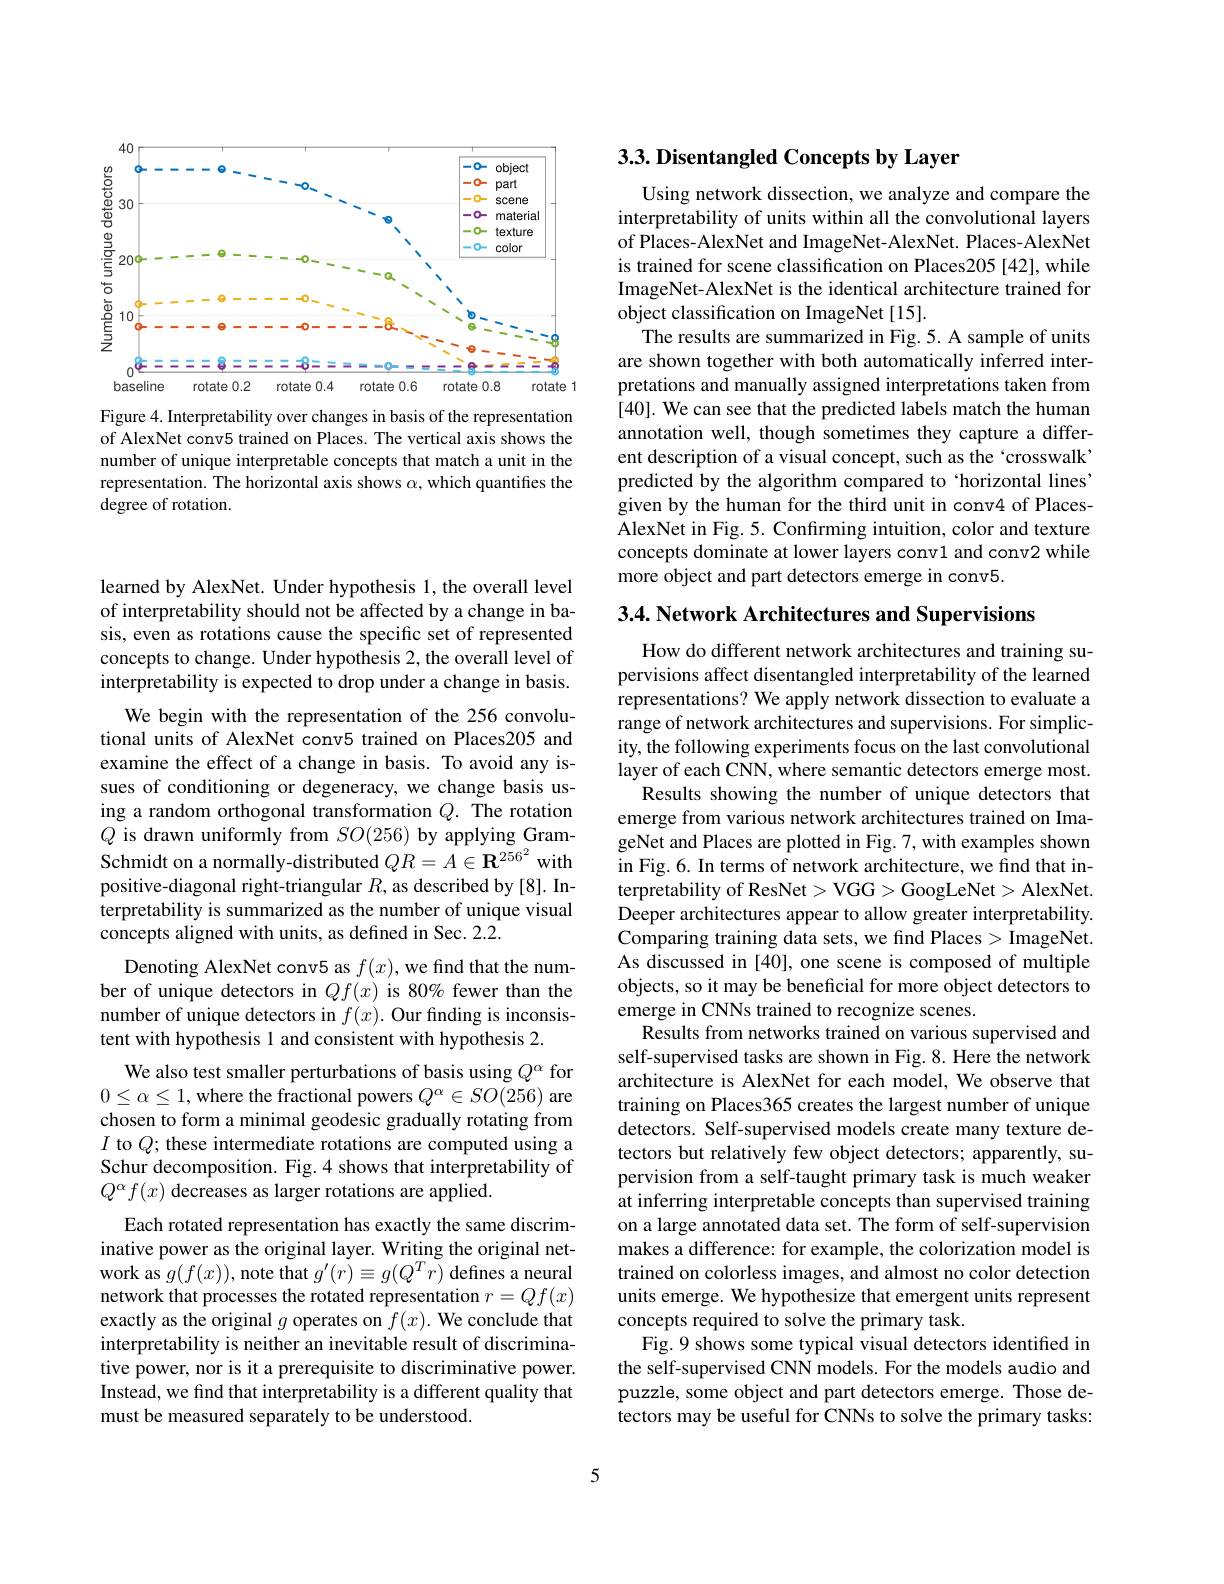
<FigureHere>

Figure 4. Interpretability over changes in basis of the representation of AlexNet conv5 trained on Places. The vertical axis shows the number of unique interpretable concepts that match a unit in the representation. The horizontal axis shows $\alpha$, which quantifies the degree of rotation.

learned by AlexNet. Under hypothesis 1, the overall level of interpretability should not be affected by a change in basis, even as rotations cause the specific set of represented concepts to change. Under hypothesis 2, the overall level of interpretability is expected to drop under a change in basis.
We begin with the representation of the 256 convolutional units of AlexNet conv5 trained on Places205 and examine the effect of a change in basis. To avoid any issues of conditioning or degeneracy, we change basis using a random orthogonal transformation $Q.$ The rotation $Q$ is drawn uniformly from $SO(256)$ by applying GramSchmidt on a normally-distributed $QR=A\in\mathbf{R}^{256^2}$ with positive-diagonal right-triangular $R$, as described by[8]. Interpretability is summarized as the number of unique visual concepts aligned with units, as defined in Sec. 2.2.
Denoting AlexNet conv5 as $f(x)$,we find that the number of unique detectors in $Qf(x)$ is 80% fewer than the number of unique detectors in $f(x).$ Our finding is inconsistent with hypothesis 1 and consistent with hypothesis 2.
We also test smaller perturbations of basis using $Q^\alpha$ for $0\leq\alpha\leq1$,where the fractional powers $Q^\alpha\in SO(256)$ are chosen to form a minimal geodesic gradually rotating from $I$ to $Q;$ these intermediate rotations are computed using a Schur decomposition. Fig.4 shows that interpretability of $Q^{\alpha}f(x)$ decreases as larger rotations are applied.
Each rotated representation has exactly the same discriminative power as the original layer. Writing the original network as $g(f(x))$,note that $g^\prime(r)\equiv g(Q^Tr)$ defines a neural network that processes the rotated representation $r=Qf(x)$ exactly as the original $g$ operates on $f(x).$ We conclude that interpretability is neither an inevitable result of discriminative power, nor is it a prerequisite to discriminative power. Instead, we find that interpretability is a different quality that must be measured separately to be understood

## 3.3. Disentangled Concepts by Layer

Using network dissection, we analyze and compare the interpretability of units within all the convolutional layers of Places-AlexNet and ImageNet-AlexNet. Places-AlexNet is trained for scene classification on Places205 [42], while ImageNet-AlexNet is the identical architecture trained for object classification on ImageNet [15].
The results are summarized in Fig.5. A sample of units are shown together with both automatically inferred interpretations and manually assigned interpretations taken from [40]. We can see that the predicted labels match the human annotation well, though sometimes they capture a different description of a visual concept, such as the `crosswalk predicted by the algorithm compared to ‘horizontal lines’ given by the human for the third unit in conv4 of PlacesAlexNet in Fig. 5. Confırming intuition, color and texture concepts dominate at lower layers conv1 and conv2 while more object and part detectors emerge in conv5.

3.4. Network Architectures and Supervisions

How do different network architectures and training supervisions affect disentangled interpretability of the learned representations? We apply network dissection to evaluate a range of network architectures and supervisions. For simplicity, the following experiments focus on the last convolutional layer of each CNN, where semantic detectors emerge most.
Results showing the number of unique detectors that emerge from various network architectures trained on ImageNet and Places are plotted in Fig. 7, with examples shown in Fig. 6. In terms of network architecture, we find that interpretability of ResNet> VGG> GoogLeNet> AlexNet. Deeper architectures appear to allow greater interpretability. Comparing training data sets, we find Places> ImageNet. As discussed in [40], one scene is composed of multiple objects, so it may be beneficial for more object detectors to emerge in CNNs trained to recognize scenes.
Results from networks trained on various supervised and self-supervised tasks are shown in Fig. 8. Here the network architecture is AlexNet for each model, We observe that training on Places365 creates the largest number of unique detectors. Self-supervised models create many texture detectors but relatively few object detectors; apparently, supervision from a self-taught primary task is much weaker at inferring interpretable concepts than supervised training on a large annotated data set. The form of self-supervision makes a difference: for example, the colorization model is trained on colorless images, and almost no color detection units emerge. We hypothesize that emergent units represent concepts required to solve the primary task.
Fig. 9 shows some typical visual detectors identified in the self-supervised CNN models. For the models audio and puzzle, some object and part detectors emerge. Those detectors may be useful for CNNs to solve the primary tasks:

5